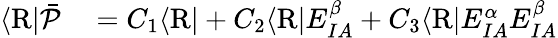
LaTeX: \begin{array}{rl}{\langle\mathrm{R}\vert{\bar{\mathcal{P}}}}&{{}=C_{1}\langle\mathrm{R}\vert+C_{2}\langle\mathrm{R}\vert E_{IA}^{\beta}+C_{3}\langle\mathrm{R}\vert E_{IA}^{\alpha}E_{IA}^{\beta}}\end{array}